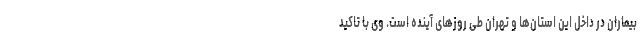
بیماران در داخل این استان‌ها و تهران طی روزهای آینده است. وی با تاکید